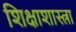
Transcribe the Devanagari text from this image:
शिक्षाशास्त्रा